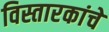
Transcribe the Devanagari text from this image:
विस्तारकांचे